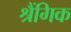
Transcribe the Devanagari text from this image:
श्रैंगिक